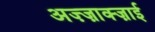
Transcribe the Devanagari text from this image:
अज़्ज़ाक्ज़ाई